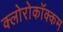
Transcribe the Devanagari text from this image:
क्लोरोकॉक्कम